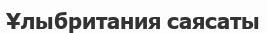
Ұлыбритания саясаты